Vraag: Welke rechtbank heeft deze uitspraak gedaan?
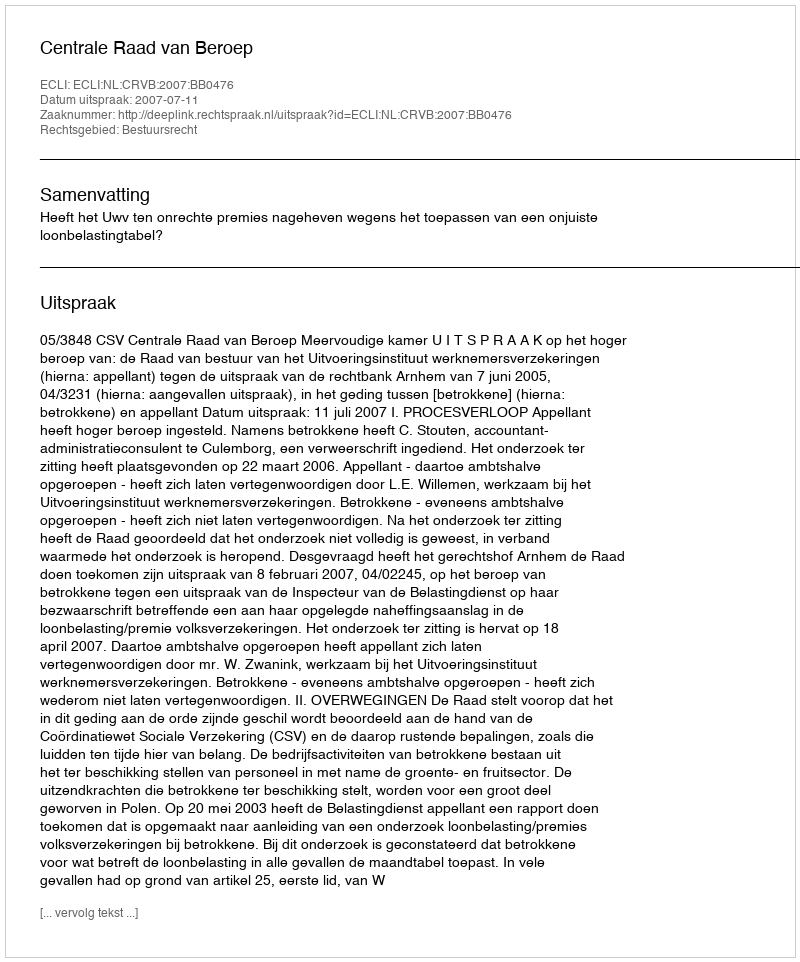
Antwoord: Centrale Raad van Beroep